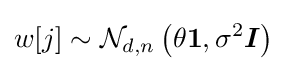
w[j]\sim {\mathcal {N}}_{d,n}\left(\theta {\boldsymbol {1}},\sigma ^{2}{\boldsymbol {I}}\right)